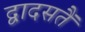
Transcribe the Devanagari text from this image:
द्वादसतैं